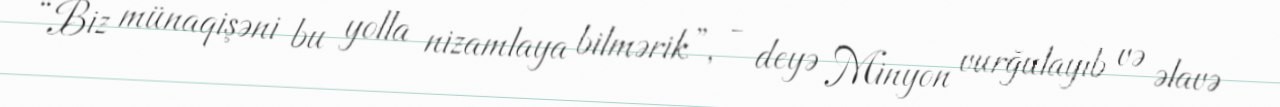
“Biz münaqişəni bu yolla nizamlaya bilmərik”, - deyə Minyon vurğulayıb və əlavə